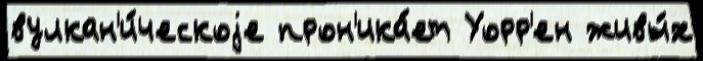
вулкан'и́ческоjе прон'ика́ет Уорр'ен живы́х